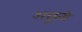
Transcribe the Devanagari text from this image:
अछूतो